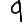
Digit: 9